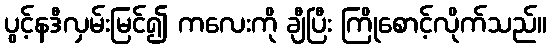
ပွင့်နဒီလှမ်းမြင်၍ ကလေးကို ချီပြီး ကြိုစောင့်လိုက်သည်။